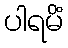
ပါရမိံ